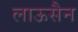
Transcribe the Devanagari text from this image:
लाऊसैन